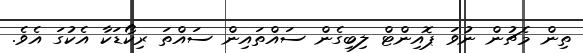
ތިން މެޗުން ނުވަ ޕޮއިންޓް ލިބިގެން ސައްތައިން ސައްތަ ރިކޯޑަކާ އެކުގަ އެވެ.